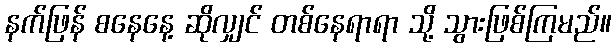
နက်ဖြန် စနေနေ့ ဆိုလျှင် တစ်နေရာရာ သို့ သွားဖြစ်ကြမည်။